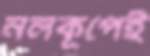
নলকূপেই